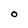
Character: o